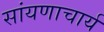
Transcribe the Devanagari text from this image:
सांयणाचार्य